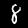
Digit: 8